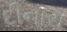
દીનારા